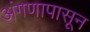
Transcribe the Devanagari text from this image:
अंगणापासून